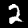
Label: 2